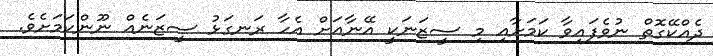
ދެއްކޭގޮތް ނުވެފައިވާ ކަމަށާއި މި ސީޒަނަކީ އޭނާއަށް އެހާ ރަނގަޅު ސީޒަނެއް ނޫންކަމަށެވެ.